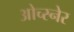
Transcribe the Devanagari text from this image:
ओच्स्नेर